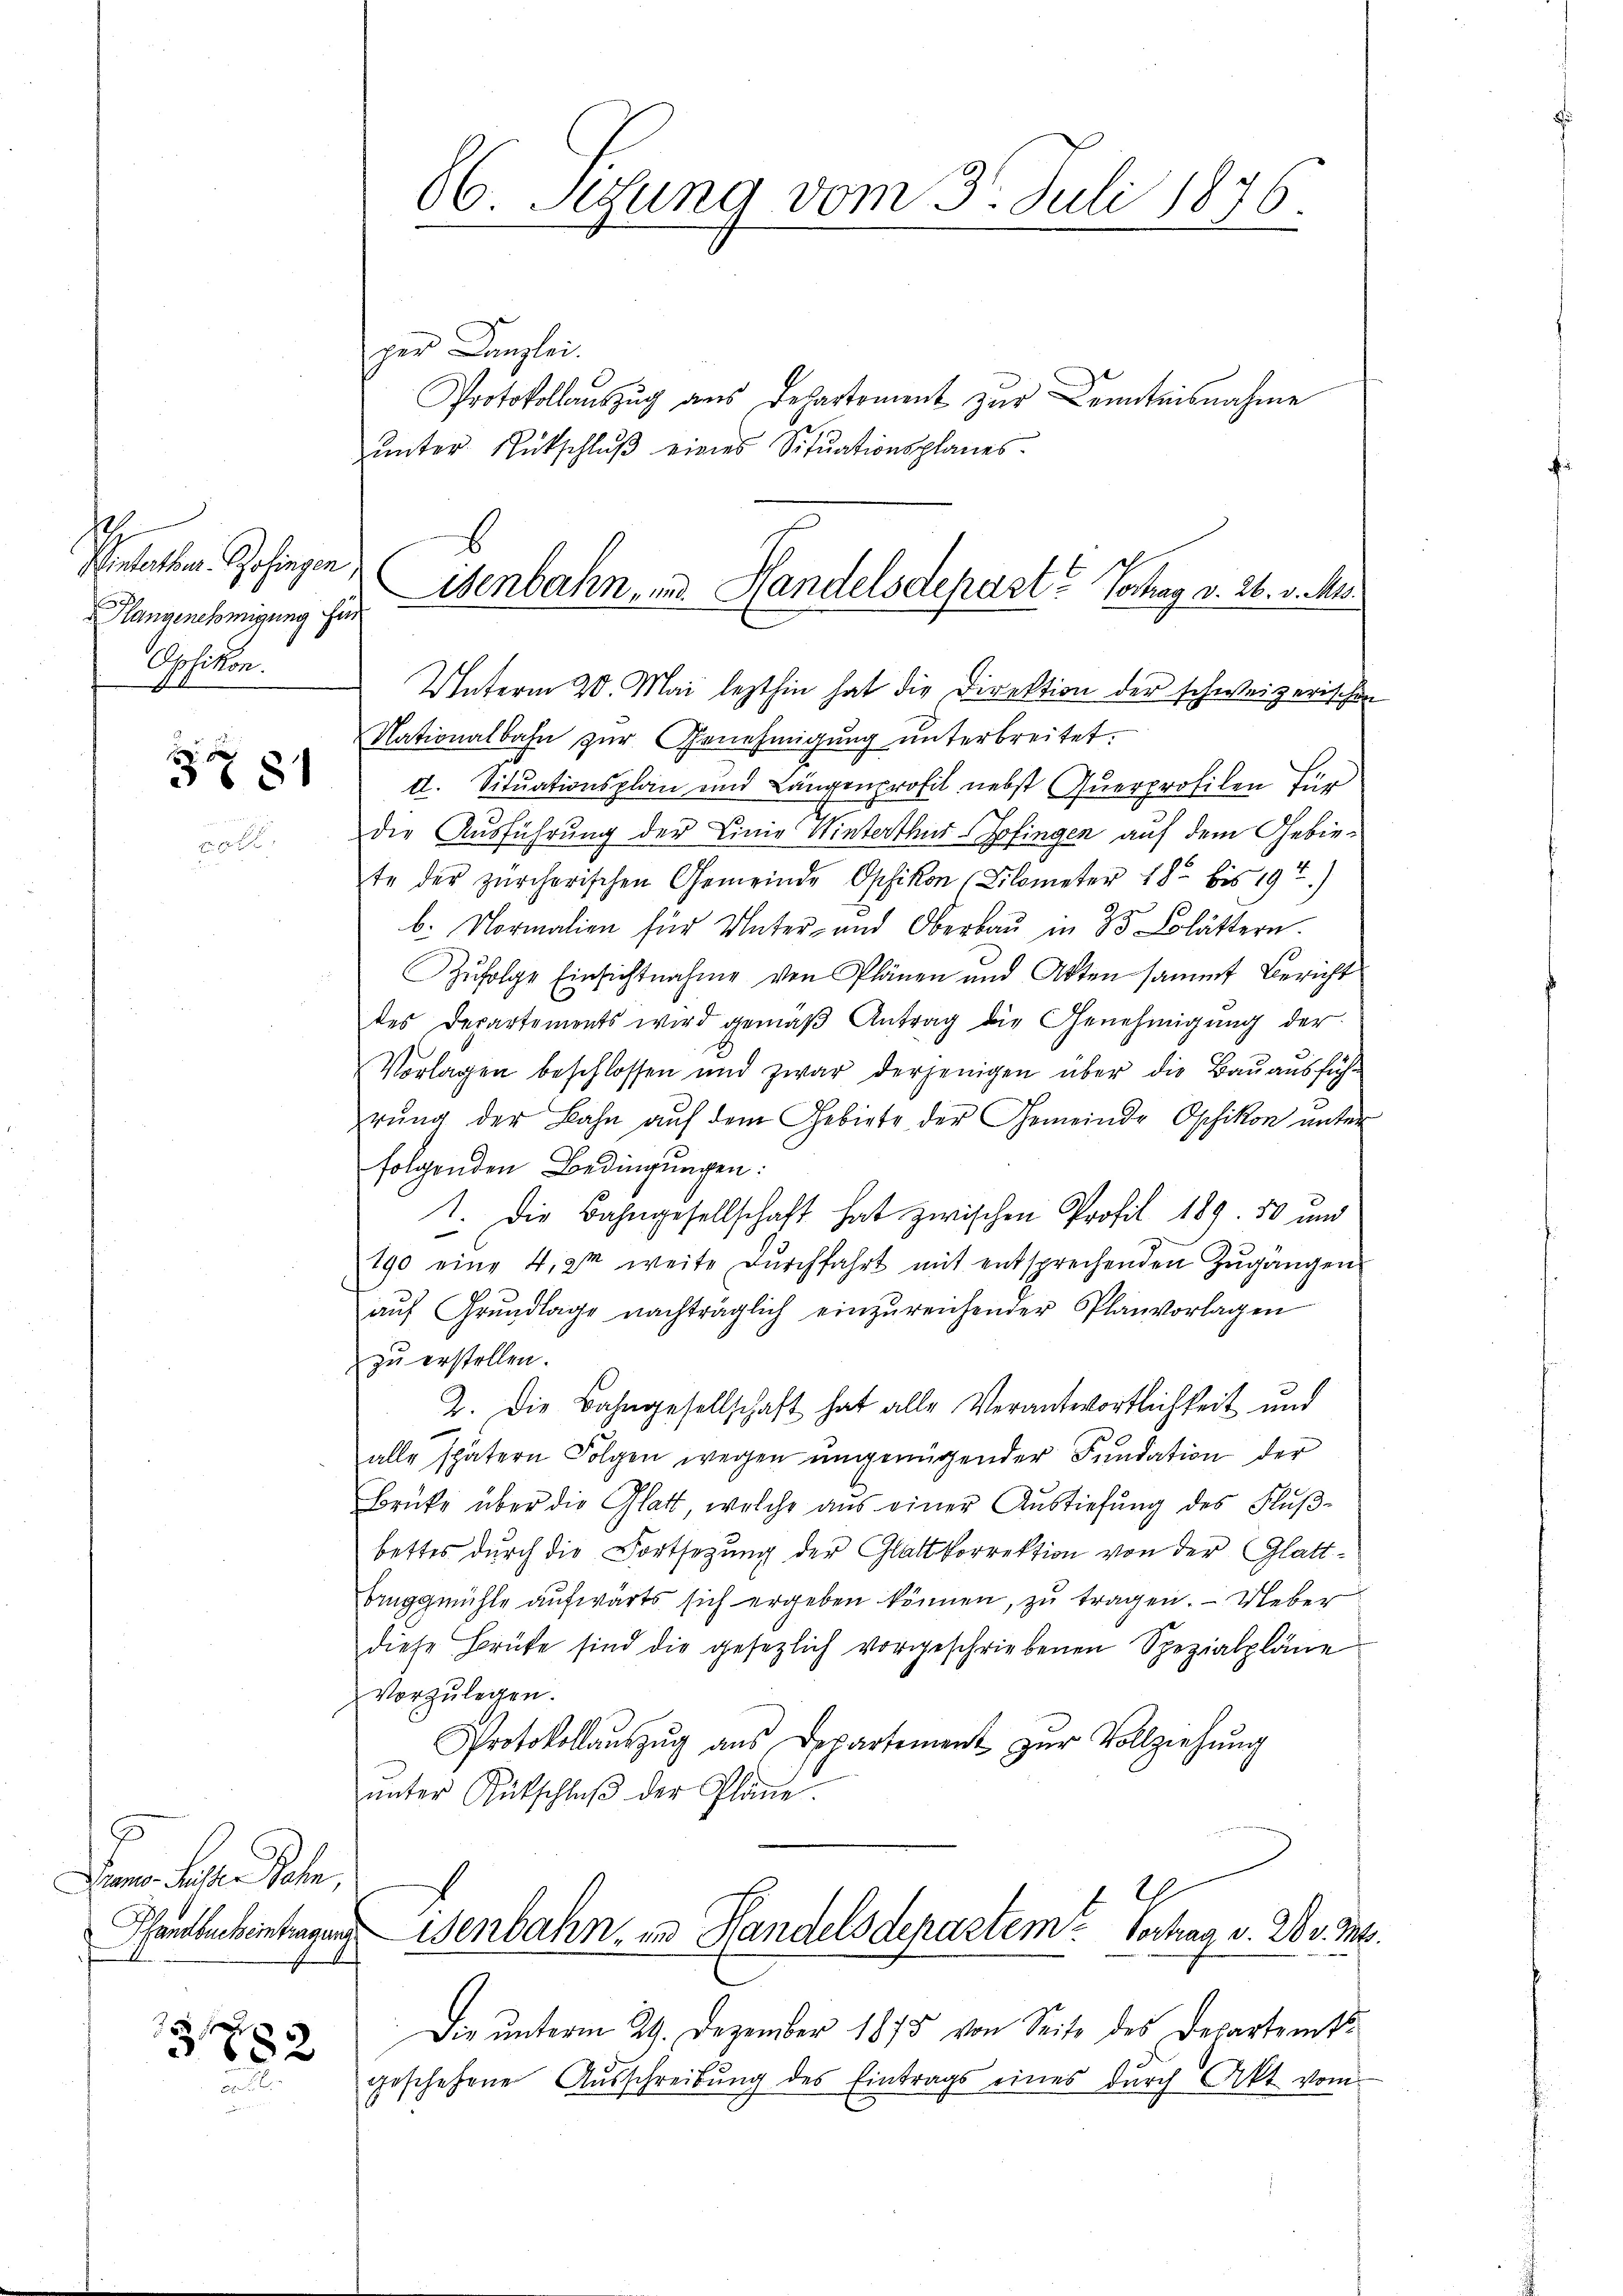
Petar. Gesingen
Hangenehmigung für
Opfikon.

F
 681

7
Piano Fasten Jahn,
Pfandbucheintragung

31782

66. Setzung vom 3. Juli 1876.

per Kanzlei.
Protokollauszug aus Departement zur Kenntnisnahme
ŭnter Rückschlŭβ eines Sitŭationsplanes.
Eisenbahn, und Handelsdepast? Vortrag v. 26. v. Ms.

Unterm 20. Mai lezthin hat die Direktion der schweizerischen
Nationalbahn zur Genehmigung unterbreitet.
d. Situationsplan und Längenprofil nebst Querprofilen für
die Ausführung der Linie Winterthur Sofingen auf dem Gebiete der zürcherischen Gemeinde Opfikon (Lilometer 182 bis 19t)
b. Normalien für Unter- und Oberbaŭ in 33 Lolättern.
Zŭfolge Einsichtnahme von Plänen und Akten sammt Bericht
des Departements wird gemäβ Antrag die Genehmigung der
Vorlagen beschlossen und zwar derjenigen über die Baŭaŭsfüh-
rŭng der Bahn auf dem Gebiete der Gemeinde Opfikon unter
folgenden Bedingungen:
1. Die Bahngesellschaft hat zwischen Profil 189. 50 und
190 eine 4,2m weite dŭrchfahrt mit entsprechenden Zugängen
aŭf Grŭndlage nachträglich einzŭreichender Planvorlagen
zu erstellen.
2. Die Bahngesellschaft hat alle Verantwortlichkeit und
alle spätern Folgen wegen ŭngenügender Fundation der
Brüke über die Glatt, welche aus einer Aŭstiefung des Fluβ-
bettes durch die Fortsetzung der Glattkorrektion von der Glattbruggmühle aufwärts sich ergeben können, zu tragen. Ueber
diese Brüke sind die gesezlich vorgeschriebenen Spezialpläne
vorzulegen.
Protokollaŭszŭg ans Departement zŭr Vollziehŭng
ŭnter Gütschlŭβ der Pläne.
.
wenbahn, in Handelsdenastem Hochag v. Nov. M.
Die unterm 29. Dezember 1875 von Seite des Departamtsgeschehene Aŭsschreibŭng des Eintrags eines dŭrch Akt vom